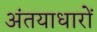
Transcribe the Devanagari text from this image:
अंतयाधारों